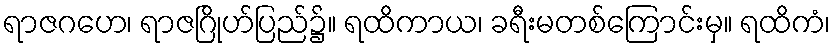
ရာဇဂဟေ၊ ရာဇဂြိုဟ်ပြည်၌။ ရထိကာယ၊ ခရီးမတစ်ကြောင်းမှ။ ရထိကံ၊